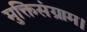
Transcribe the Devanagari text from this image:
मुक्तिसंग्राम।